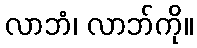
လာဘံ၊ လာဘ်ကို။